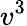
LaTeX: v^{3}